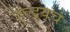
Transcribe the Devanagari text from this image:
हुल्द्र्यच